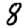
Digit: 8